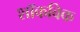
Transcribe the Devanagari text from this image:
शॉकविक